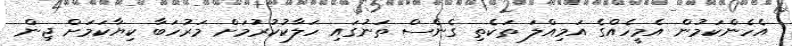
އެހެންކަމުން އެމީހެއްގެ އަމިއްލަ ތަކެތި ގެނެސް ތަނުގައި ހަލާކުކުރުމަށް މަރުހަބާ ކިޔާކަމަށް ޖިން